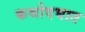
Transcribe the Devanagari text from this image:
कथोदघात